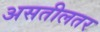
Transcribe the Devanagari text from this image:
असतीलतर